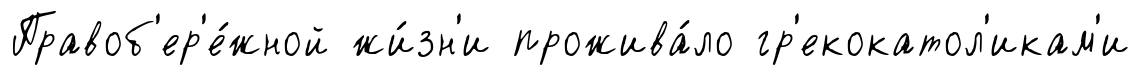
Правоб'ер'е́жной жи́зн'и прожива́ло гр'екокатол'икам'и